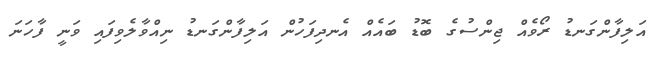
އަލިފާންގަނޑު ރޯވެއް ޖިންސުގެ ބޮޑު ބައެއް އެނދިފަހުން އަލިފާންގަނޑު ނިއްވާލެވިފައި ވަނީ ފާހަނަ